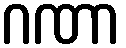
ဂဏာ